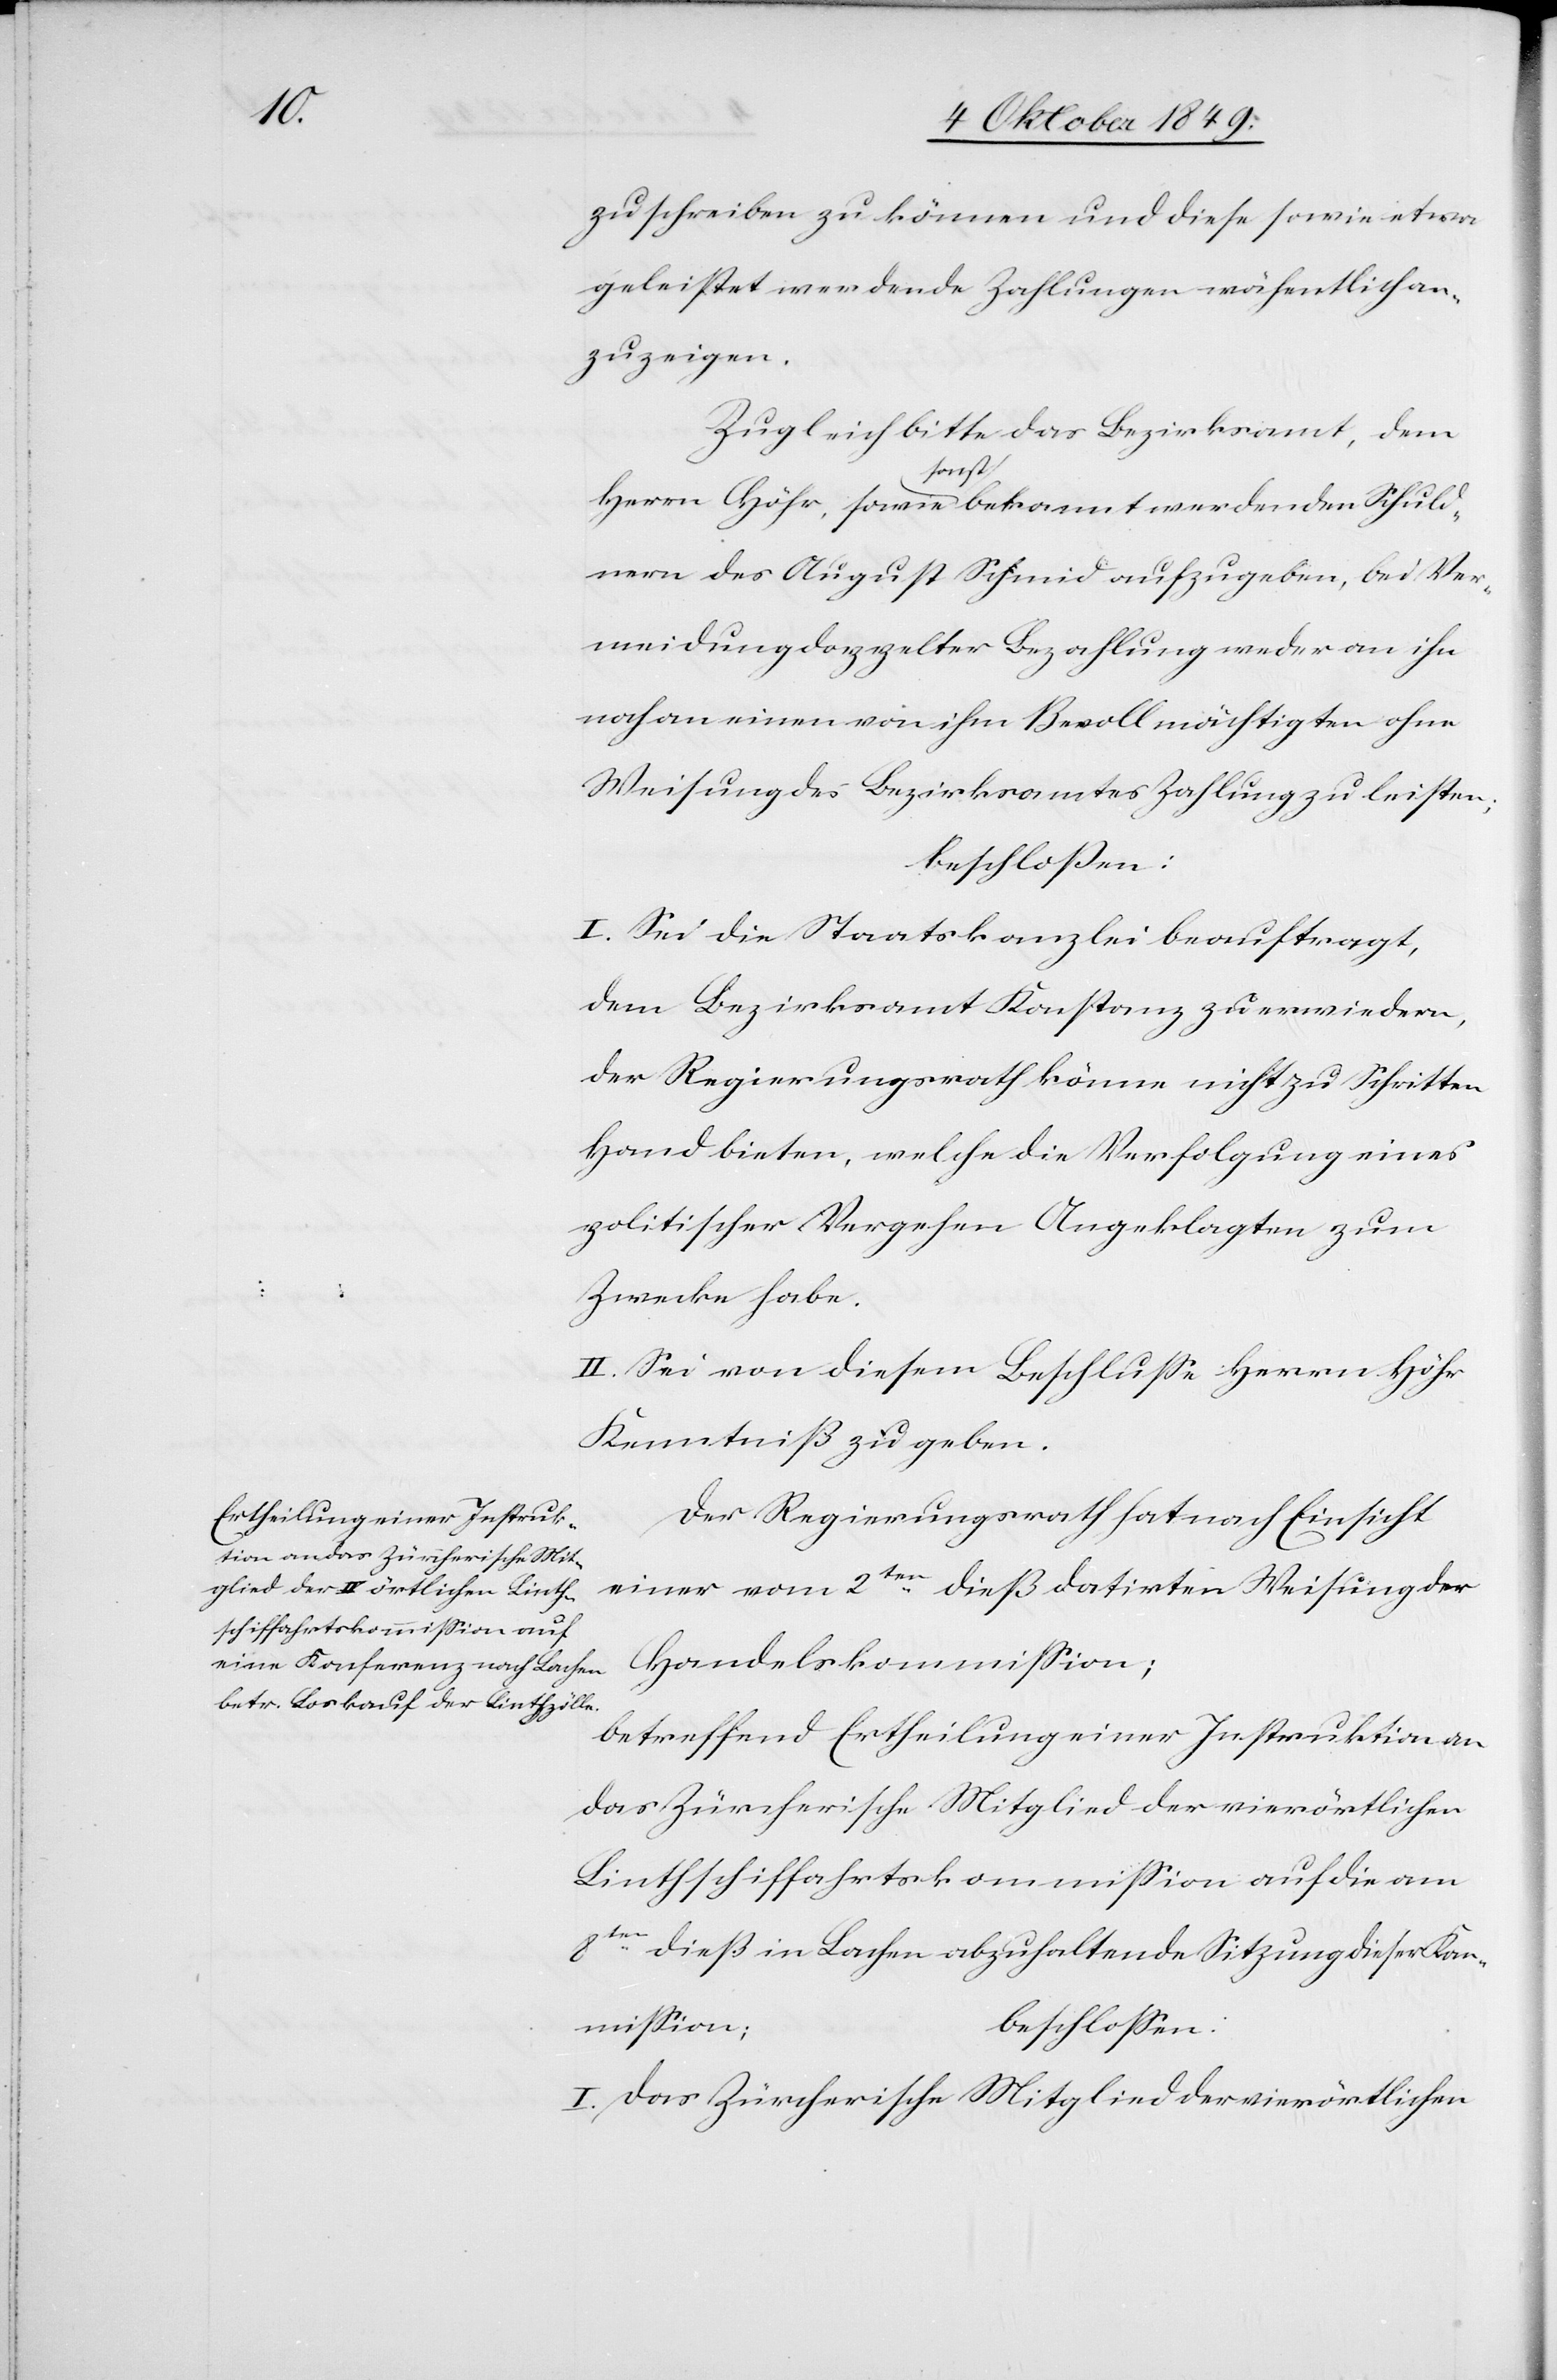
zuschreiben zu können und diese sowie etwa
geleistet werdende Zahlungen wöchentlich an¬
zuzeigen.
Zugleich bitte das Bezirksamt, dem
Herrn Höhr, sowie sonst bekannt werdenden Schuld¬
nern des August Schmid aufzugeben, bei Ver¬
meidung doppelter Bezahlung weder an ihn
noch an einen von ihm Bevollmächtigten ohne
Weisung des Bezirksamtes Zahlung zu leisten;
beschloßen:
I. Sei die Staatskanzlei beauftragt,
dem Bezirksamt Konstanz zu erwiedern,
der Regierungsrath könne nicht zu Schritten
Hand bieten, welche die Verfolgung eines
politischer Vergehen Angeklagten zum
Zwecke habe.
II. Sei von diesem Beschluße Herrn Höhr
Kenntniß zu geben.
Der Regierungsrath hat nach Einsicht
einer vom 2ten dieß datirten Weisung der
Handelskommißion;
betreffend Ertheilung einer Instruktion an
das Zürcherische Mitglied der vierörtlichen
Linthschiffahrtskommißion auf die am
8ten dieß in Lachen abzuhaltende Sitzung dieser Kom¬
mißion;
beschloßen:
I. Das Zürcherische Mitglied der vierörtlichen